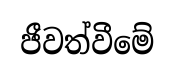
ජීවත්වීමේ